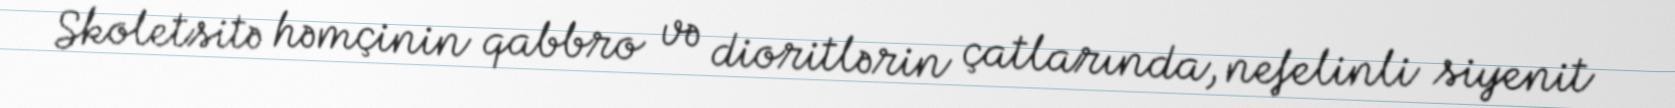
Skoletsitə həmçinin qabbro və dioritlərin çatlarında, nefelinli siyenit